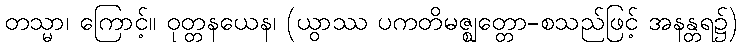
တသ္မာ၊ ကြောင့်။ ဝုတ္တနယေန၊ (ယွာဿ ပကတိမဇ္ဈတ္တော-စသည်ဖြင့် အနန္တရ၌)